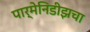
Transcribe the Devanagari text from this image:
पार्मेनिडीझचा